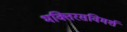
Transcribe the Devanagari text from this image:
भक्तिरसविमर्श